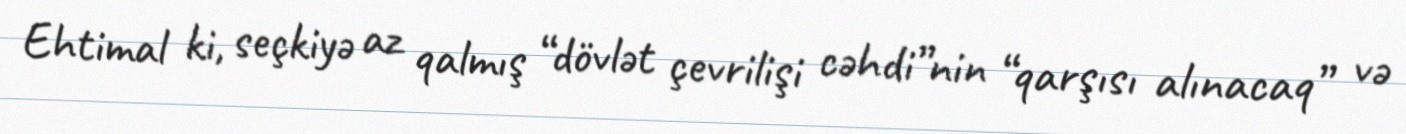
Ehtimal ki, seçkiyə az qalmış “dövlət çevrilişi cəhdi”nin “qarşısı alınacaq” və